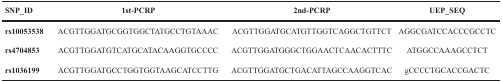
| SNP_ID | 1st-PCRP | 2nd-PCRP | UEP_SEQ |
 | --- | --- | --- | --- |
 | rs10053538 | ACGTTGGATGCGGTGGCTATGCCTGTAAAC | ACGTTGGATGCATGTTGGTCAGGCTGTTCT | AGGCGATCCACCCGCCTC |
 | rs4704853 | ACGTTGGATGTCATGCATACAAGGTGCCCC | ACGTTGGATGGGCTGGAACTCAACACTTTC | ATGGCCAAAGCCTCT |
 | rs1036199 | ACGTTGGATGCCTGGTGGTAAGCATCCTTG | ACGTTGGATGCTGACATTAGCCAAGGTCAC | gCCCCTGCACCGACTC |